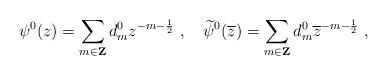
LaTeX: \begin{align*}\psi^{0}(z)=\sum_{m\in{\bf Z}}d^{0}_{m}z^{-m-\frac{1}{2}}~,\quad \widetilde{\psi}^{0}(\overline{z}) =\sum_{m\in{\bf Z}}d^{0}_{m}\overline{z}^{-m-\frac{1}{2}}~,\end{align*}